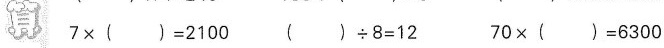
算$$7 \times ( ) = 2 1 0 0$$ $$( ) \div 8 = 1 2$$ $$7 0 \times ( ) = 6 3 0 0$$